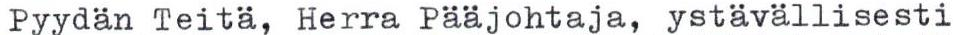
Pyydän Teitä, Herra Pääjohtaja, ystävällisesti